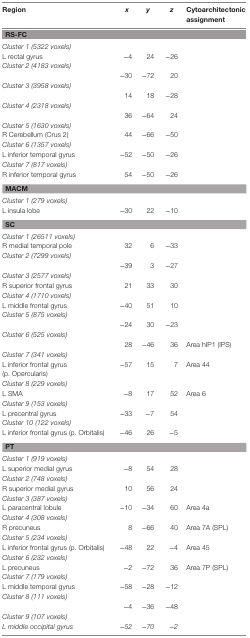
<table><thead><tr><td><b>Region</b></td><td><b><i>x</i></b></td><td><b><i>y</i></b></td><td><b><i>z</i></b></td><td><b>Cytoarchitectonic assignment</b></td></tr></thead><tbody><tr><td colspan="5"><b>RS-FC</b></td></tr><tr><td><i>Cluster 1 (5322 voxels)</i></td><td></td><td></td><td></td><td></td></tr><tr><td>L rectal gyrus</td><td>−4</td><td>24</td><td>−26</td><td></td></tr><tr><td><i>Cluster 2 (4183 voxels)</i></td><td></td><td></td><td></td><td></td></tr><tr><td></td><td>−30</td><td>−72</td><td>20</td><td></td></tr><tr><td><i>Cluster 3 (3958 voxels)</i></td><td></td><td></td><td></td><td></td></tr><tr><td></td><td>14</td><td>18</td><td>−28</td><td></td></tr><tr><td><i>Cluster 4 (2318 voxels)</i></td><td></td><td></td><td></td><td></td></tr><tr><td></td><td>36</td><td>−64</td><td>24</td><td></td></tr><tr><td><i>Cluster 5 (1630 voxels)</i></td><td></td><td></td><td></td><td></td></tr><tr><td>R Cerebellum (Crus 2)</td><td>44</td><td>−66</td><td>−50</td><td></td></tr><tr><td><i>Cluster 6 (1357 voxels)</i></td><td></td><td></td><td></td><td></td></tr><tr><td>L inferior temporal gyrus</td><td>−52</td><td>−50</td><td>−26</td><td></td></tr><tr><td><i>Cluster 7 (817 voxels)</i></td><td></td><td></td><td></td><td></td></tr><tr><td>R inferior temporal gyrus</td><td>54</td><td>−50</td><td>−26</td><td></td></tr><tr><td colspan="5"><b>MACM</b></td></tr><tr><td><i>Cluster 1 (279 voxels)</i></td><td></td><td></td><td></td><td></td></tr><tr><td>L insula lobe</td><td>−30</td><td>22</td><td>−10</td><td></td></tr><tr><td colspan="5"><b>SC</b></td></tr><tr><td><i>Cluster 1 (26511 voxels)</i></td><td></td><td></td><td></td><td></td></tr><tr><td>R medial temporal pole</td><td>32</td><td>6</td><td>−33</td><td></td></tr><tr><td><i>Cluster 2 (7299 voxels)</i></td><td></td><td></td><td></td><td></td></tr><tr><td></td><td>−39</td><td>3</td><td>−27</td><td></td></tr><tr><td><i>Cluster 3 (2577 voxels)</i></td><td></td><td></td><td></td><td></td></tr><tr><td>R superior frontal gyrus</td><td>21</td><td>33</td><td>30</td><td></td></tr><tr><td><i>Cluster 4 (1710 voxels)</i></td><td></td><td></td><td></td><td></td></tr><tr><td>L middle frontal gyrus</td><td>−40</td><td>51</td><td>10</td><td></td></tr><tr><td><i>Cluster 5 (875 voxels)</i></td><td></td><td></td><td></td><td></td></tr><tr><td></td><td>−24</td><td>30</td><td>−23</td><td></td></tr><tr><td><i>Cluster 6 (525 voxels)</i></td><td></td><td></td><td></td><td></td></tr><tr><td></td><td>28</td><td>−46</td><td>36</td><td>Area hIP1 (IPS)</td></tr><tr><td><i>Cluster 7 (341 voxels)</i></td><td></td><td></td><td></td><td></td></tr><tr><td>L inferior frontal gyrus (p. Opercularis)</td><td>−57</td><td>15</td><td>7</td><td>Area 44</td></tr><tr><td><i>Cluster 8 (229 voxels)</i></td><td></td><td></td><td></td><td></td></tr><tr><td>L SMA</td><td>−8</td><td>17</td><td>52</td><td>Area 6</td></tr><tr><td><i>Cluster 9 (153 voxels)</i></td><td></td><td></td><td></td><td></td></tr><tr><td>L precentral gyrus</td><td>−33</td><td>−7</td><td>54</td><td></td></tr><tr><td><i>Cluster 10 (122 voxels)</i></td><td></td><td></td><td></td><td></td></tr><tr><td>L inferior frontal gyrus (p. Orbitalis)</td><td>−46</td><td>26</td><td>−5</td><td></td></tr><tr><td colspan="5"><b>PT</b></td></tr><tr><td><i>Cluster 1 (919 voxels)</i></td><td></td><td></td><td></td><td></td></tr><tr><td>L superior medial gyrus</td><td>−8</td><td>54</td><td>28</td><td></td></tr><tr><td><i>Cluster 2 (748 voxels)</i></td><td></td><td></td><td></td><td></td></tr><tr><td>R superior medial gyrus</td><td>10</td><td>56</td><td>24</td><td></td></tr><tr><td><i>Cluster 3 (387 voxels)</i></td><td></td><td></td><td></td><td></td></tr><tr><td>L paracentral lobule</td><td>−10</td><td>−34</td><td>60</td><td>Area 4a</td></tr><tr><td><i>Cluster 4 (308 voxels)</i></td><td></td><td></td><td></td><td></td></tr><tr><td>R precuneus</td><td>8</td><td>−66</td><td>40</td><td>Area 7A (SPL)</td></tr><tr><td><i>Cluster 5 (234 voxels)</i></td><td></td><td></td><td></td><td></td></tr><tr><td>L inferior frontal gyrus (p. Orbitalis)</td><td>−48</td><td>22</td><td>−4</td><td>Area 45</td></tr><tr><td><i>Cluster 6 (232 voxels)</i></td><td></td><td></td><td></td><td></td></tr><tr><td>L precuneus</td><td>−2</td><td>−72</td><td>36</td><td>Area 7P (SPL)</td></tr><tr><td><i>Cluster 7 (179 voxels)</i></td><td></td><td></td><td></td><td></td></tr><tr><td>L middle temporal gyrus</td><td>−58</td><td>−28</td><td>−12</td><td></td></tr><tr><td><i>Cluster 8 (111 voxels)</i></td><td></td><td></td><td></td><td></td></tr><tr><td></td><td>−4</td><td>−36</td><td>−48</td><td></td></tr><tr><td><i>Cluster 9 (107 voxels)</i></td><td></td><td></td><td></td><td></td></tr><tr><td><i>L middle occipital gyrus</i></td><td>−<i>52</i></td><td>−<i>70</i></td><td>−<i>2</i></td><td></td></tr></tbody></table>